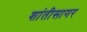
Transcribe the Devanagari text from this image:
शांतीसागर